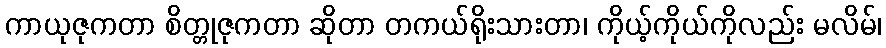
ကာယုဇုကတာ စိတ္တုဇုကတာ ဆိုတာ တကယ်ရိုးသားတာ၊ ကိုယ့်ကိုယ်ကိုလည်း မလိမ်၊